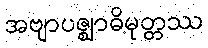
အဗျာပဇ္ဈာဓိမုတ္တဿ